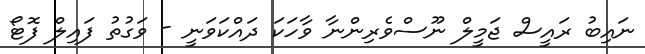
ނައިބު ރައީސް ޖަމީލް ނޫސްވެރިންނާ ވާހަކަ ދައްކަވަނީ - ވަގުތު ފައިލް ފޮޓޯ